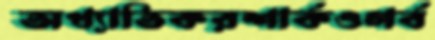
অখ্যাতিকরশার্কওগর্ব